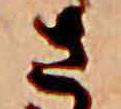
さ